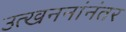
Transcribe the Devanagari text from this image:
उत्खननांनंतर